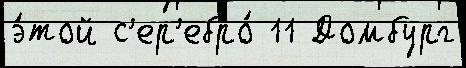
э́той с'ер'ебро́ 11 Домбург